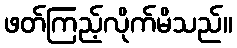
ဖတ်ကြည့်လိုက်မိသည်။